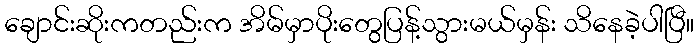
ချောင်းဆိုးကတည်းက အိမ်မှာပိုးတွေပြန့်သွားမယ်မှန်း သိနေခဲ့ပါပြီ။